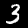
Digit: 3